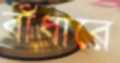
বাঁধারে